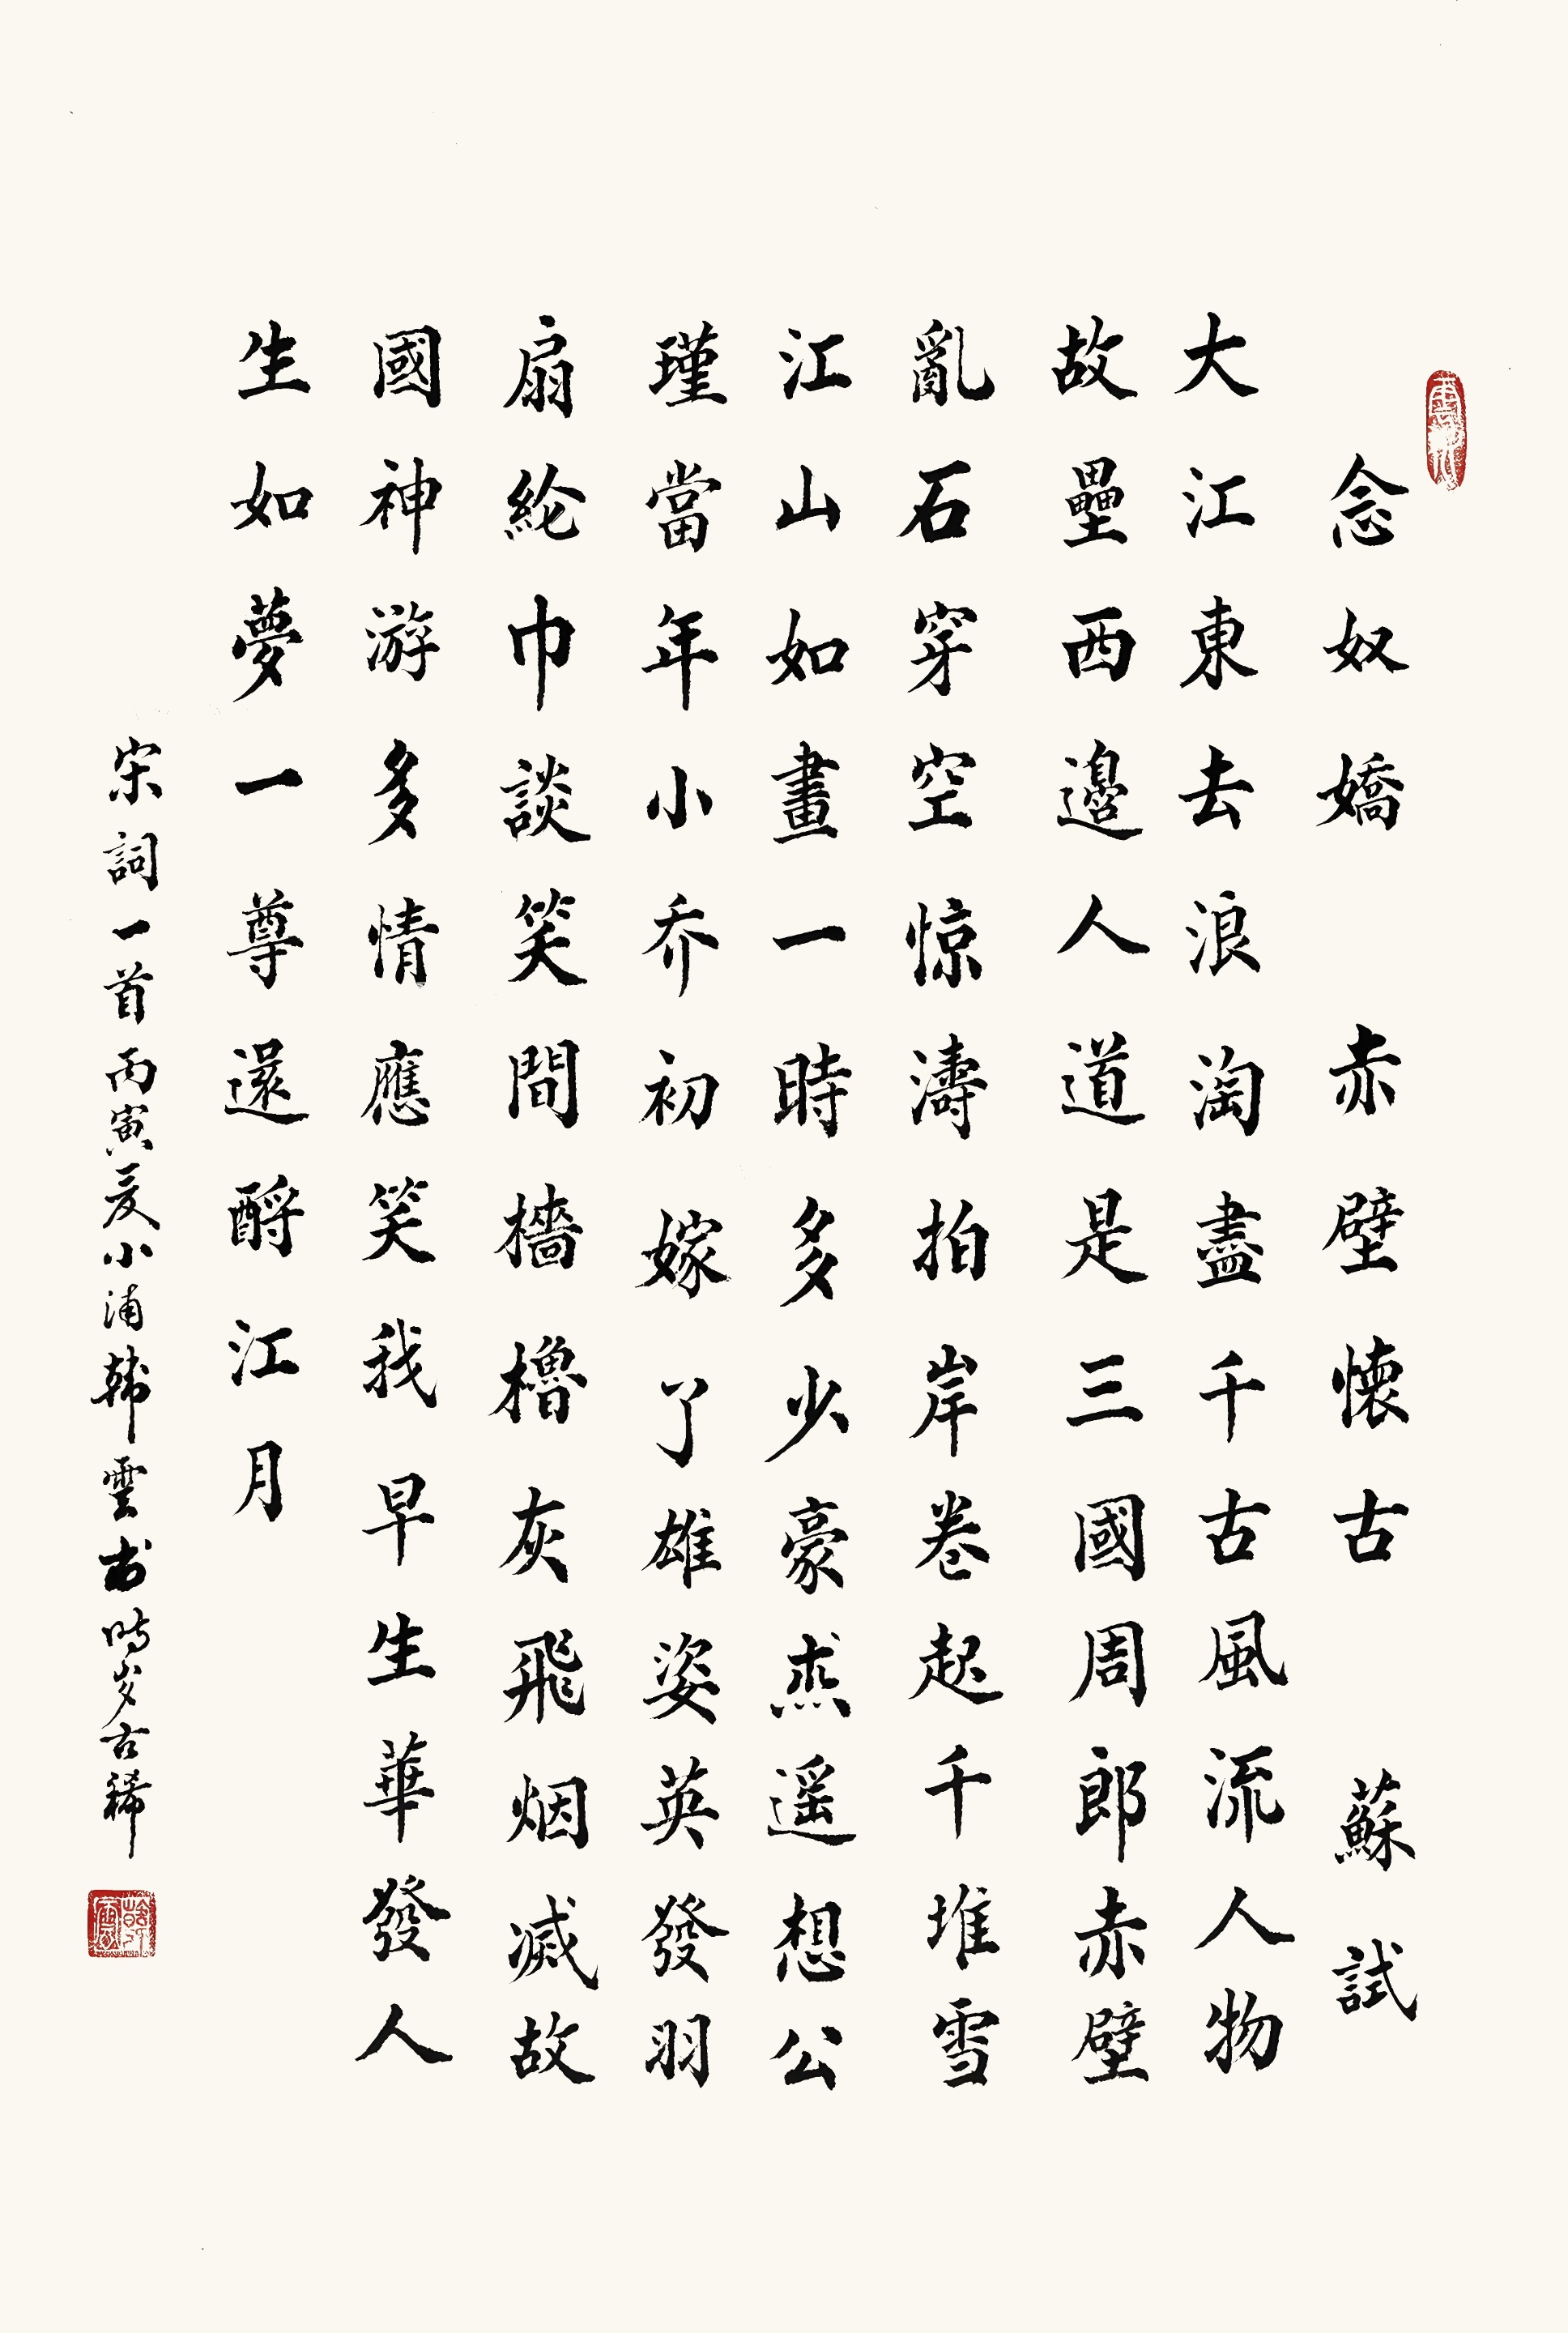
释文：《念奴娇•赤壁怀古》，苏轼。大江东去，浪淘尽，千古风流人物。故垒西边，人道是，三国周郎赤壁。乱石穿空，惊涛拍岸，卷起千堆雪。江山如画，一时多少豪杰。遥想公瑾当年，小乔初嫁了，雄姿英发。羽扇纶巾，谈笑间樯橹灰飞烟灭。故国神游，多情应笑我，早生华花。人生如梦，一尊还酹江月。宋词一首，丙寅夏，小浦韩云书时岁古稀。